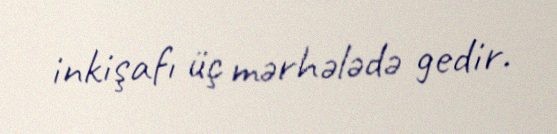
inkişafı üç mərhələdə gedir.